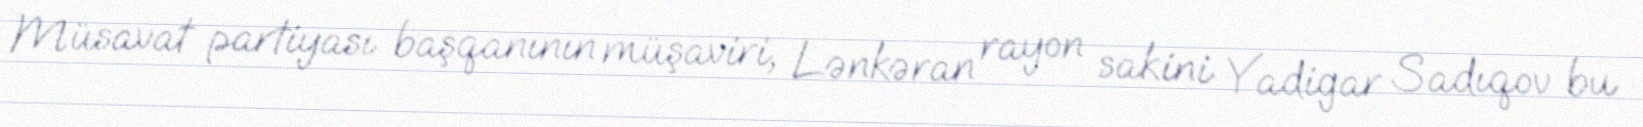
Müsavat partiyası başqanının müşaviri, Lənkəran rayon sakini Yadigar Sadıqov bu